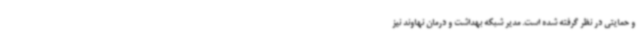
و حمایتی در نظر گرفته شده است. مدیر شبکه بهداشت و درمان نهاوند نیز